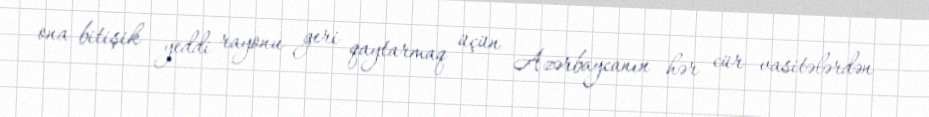
ona bitişik yeddi rayonu geri qaytarmaq üçün Azərbaycanın hər cür vasitələrdən